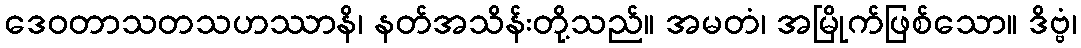
ဒေဝတာသတသဟဿာနိ၊ နတ်အသိန်းတို့သည်။ အမတံ၊ အမြိုက်ဖြစ်သော။ ဒိဗ္ဗံ၊